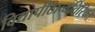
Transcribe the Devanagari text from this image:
विद्यापीठाव्यतिरिक्त